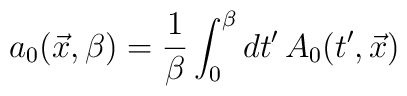
a_{0}(\vec{x},\beta) = {1\over \beta} \int_{0}^{\beta}dt'\,A_{0}(t',\vec{x})